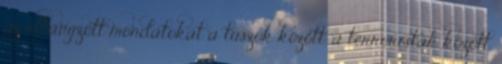
az elhangzott mondatokat a túszok között, a terroristák között.